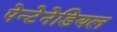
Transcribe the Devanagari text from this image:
पेन्टेनेडियल